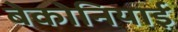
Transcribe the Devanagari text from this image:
बेकोनियाई